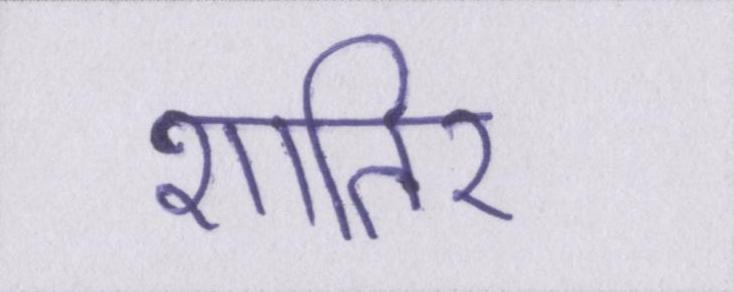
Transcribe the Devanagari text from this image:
शातिर